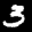
Label: 3